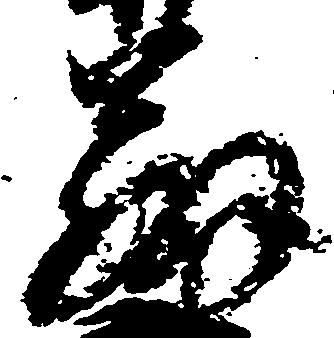
弁